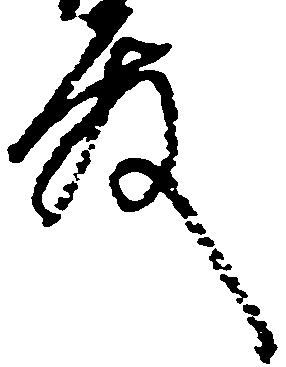
殿